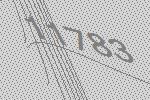
11783